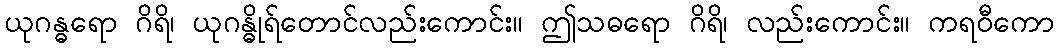
ယုဂန္ဓရော ဂိရိ၊ ယုဂန္ဓိုရ်တောင်လည်းကောင်း။ ဤသဓရော ဂိရိ၊ လည်းကောင်း။ ကရဝီကော